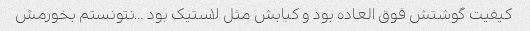
کیفیت گوشتش فوق العاده بود و کبابش مثل لاستیک بود …نتونستم بخورمش